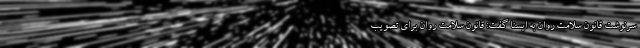
سرنوشت قانون سلامت روان به ایسنا گفت: قانون سلامت روان برای تصویب